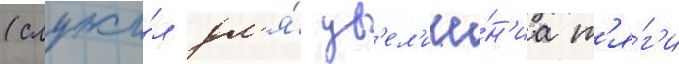
(служи́л дл'я́ ув'ел'иче́н'иа т'я́г'и